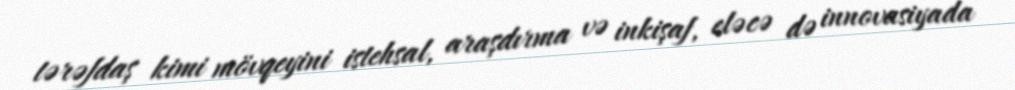
tərəfdaş kimi mövqeyini istehsal, araşdırma və inkişaf, eləcə də innovasiyada